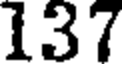
137